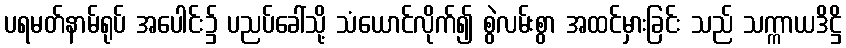
ပရမတ်နာမ်ရုပ် အပေါင်း၌ ပညပ်ခေါ်သို့ သံယောင်လိုက်၍ စွဲလမ်းစွာ အထင်မှားခြင်း သည် သက္ကာယဒိဋ္ဌိ